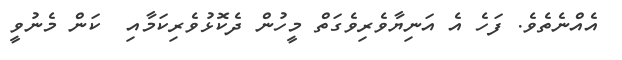
އެއްނެތެވެ. ފަހެ އެ އަނިޔާވެރިވެގަތް މީހުން ދެކޮޅުވެރިކަމާއި  ކަން މެނުވީ